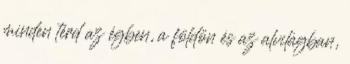
minden térd az égben, a földön és az alvilágban,